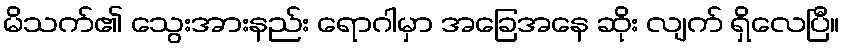
မိသက်၏ သွေးအားနည်း ရောဂါမှာ အခြေအနေ ဆိုး လျက် ရှိလေပြီ။